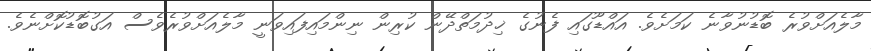
މާލެއަށްވުރެ ބޮޑުނުވާނެ ކަމަށެވެ. އައްޑޫގައި ފެނުގެ ޚިދުމަތްދޭން ކުރިން ނިންމައިފައިވަނީ މާލެއަށްވުރެވެސް އަގުބޮޑުކޮށްނެވެ.